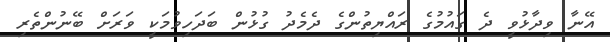
އޭނާ ވިދާޅުވީ ދެ ގައުމުގެ ރައްޔިތުންގެ ދެމެދު ގުޅުން ބަދަހިވުމަކީ ވަރަށް ބޭނުންތެރި